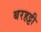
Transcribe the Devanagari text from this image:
बरहट्टी